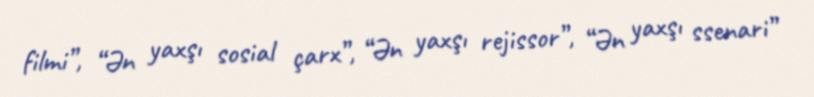
filmi”, “Ən yaxşı sosial çarx”, “Ən yaxşı rejissor”, “Ən yaxşı ssenari”